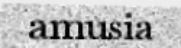
amusia